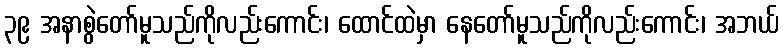
၃၉ အနာစွဲတော်မူသည်ကိုလည်းကောင်း၊ ထောင်ထဲမှာ နေတော်မူသည်ကိုလည်းကောင်း၊ အဘယ်